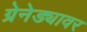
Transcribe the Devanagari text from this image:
ग्रेनेड्यावर